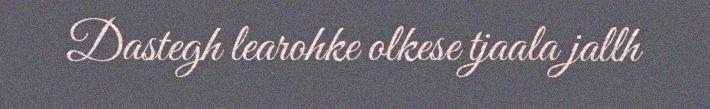
Dastegh learohke olkese tjaala jallh